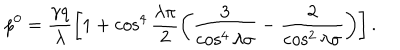
p ^ { 0 } = \frac { \gamma q } { \lambda } \left[ 1 + \cos ^ { 4 } \frac { \lambda \pi } { 2 } \left( \frac { 3 } { \cos ^ { 4 } \lambda \sigma } - \frac { 2 } { \cos ^ { 2 } \lambda \sigma } \right) \right] .